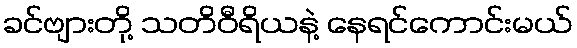
ခင်ဗျားတို့ သတိဝီရိယနဲ့ နေရင်ကောင်းမယ်